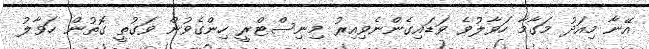
އޭނާ މިއަދު މަގާމާ ހަވާލުވެ ވަޑައިގެންނެވިއިރު މިނިސްޓްރީ ހިންގެވުން ވަގުތީ ގޮތުން ހަވާލު